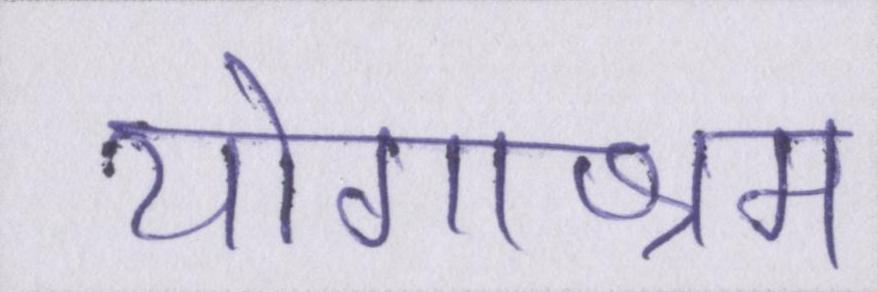
योगाश्रम